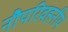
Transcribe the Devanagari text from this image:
नौपरिवहनीय